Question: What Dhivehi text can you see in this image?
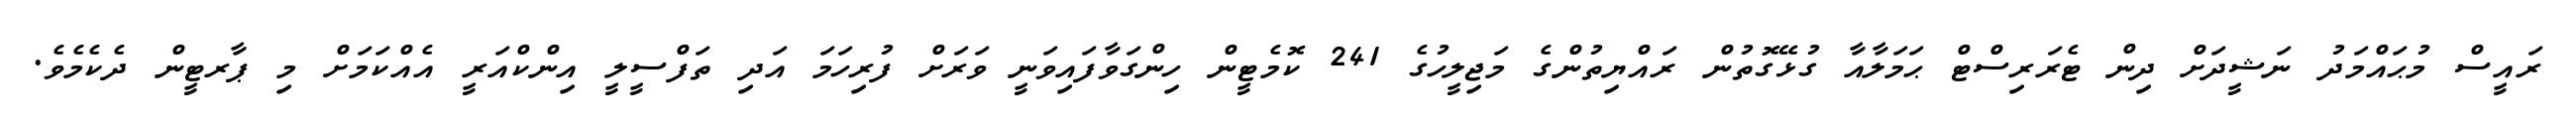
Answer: ރައީސް މުޙައްމަދު ނަޝީދަށް ދިން ޓެރަރިސްޓް ޙަމަލާއާ ގުޅޭގޮތުން ރައްޔިތުންގެ މަޖިލީހުގެ 241 ކޮމެޓީން ހިންގަވާފައިވަނީ ވަރަށް ފުރިހަމަ އަދި ތަފްސީލީ އިންކްއަރީ އެއްކަމަށް މި ޕާރޓީން ދެކެމެވެ.